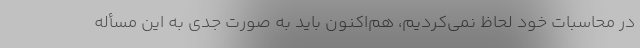
در محاسبات خود لحاظ نمی‌کردیم، هم‌اکنون باید به صورت جدی به این مسأله